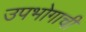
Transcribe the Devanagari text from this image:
उपभोगाची